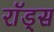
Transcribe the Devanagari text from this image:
राॅड्स